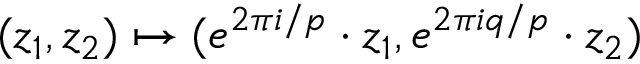
( z _ { 1 } , z _ { 2 } ) \mapsto ( e ^ { 2 \pi i / p } \cdot z _ { 1 } , e ^ { 2 \pi i q / p } \cdot z _ { 2 } )